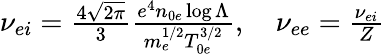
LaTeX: \begin{array}{r}{\nu_{ei}=\frac{4\sqrt{2\pi}}{3}\frac{e^{4}n_{0e}\log\Lambda}{m_{e}^{1/2}T_{0e}^{3/2}},\quad\nu_{ee}=\frac{\nu_{ei}}{Z}}\end{array}